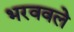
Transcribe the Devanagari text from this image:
भरववले